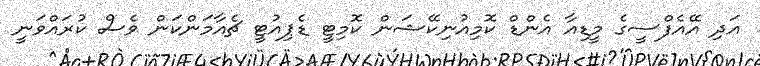
އަދި އޭއެފްސީގެ މީޑިއާ އެންޑް ކޮމިއުނިކޭޝަން ކޮމިޓީ ޑެޕިއުޓީ ޗެއާމަންކަން ވެސް ކުރައްވަނީ